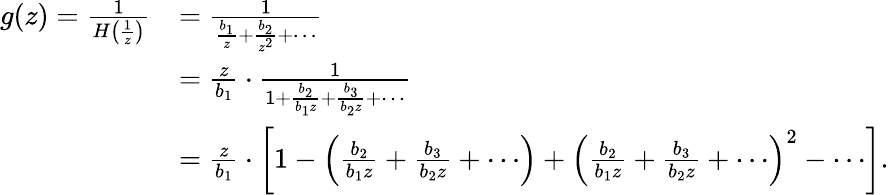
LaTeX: \begin{array}{rl}{g(z)=\frac{1}{H\left(\frac{1}{z}\right)}}&{=\frac{1}{\frac{b_{1}}{z}+\frac{b_{2}}{z^{2}}+\cdots}}\\ &{=\frac{z}{b_{1}}\cdot\frac{1}{1+\frac{b_{2}}{b_{1}z}+\frac{b_{3}}{b_{2}z}+\cdots}}\\ &{=\frac{z}{b_{1}}\cdot\left[1-\left(\frac{b_{2}}{b_{1}z}+\frac{b_{3}}{b_{2}z}+\cdots\right)+\left(\frac{b_{2}}{b_{1}z}+\frac{b_{3}}{b_{2}z}+\cdots\right)^{2}-\cdots\right].}\end{array}